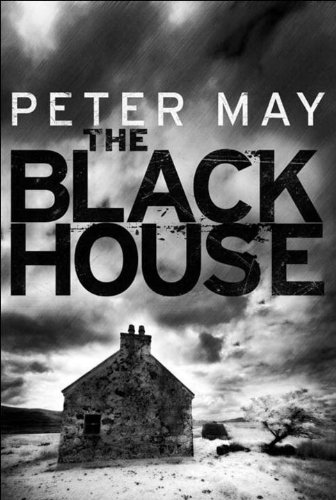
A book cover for The Blackhouse: The Lewis Trilogy; Peter May; Mystery, Thriller & Suspense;